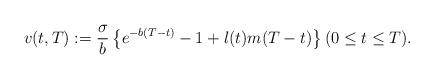
LaTeX: \begin{align*}v(t,T):=\frac{\sigma}{b}\left\{e^{-b(T-t)}-1+ l(t)m(T-t)\right\} (0\le t\le T).\end{align*}